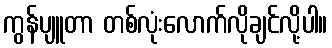
ကွန်ပျူတာ တစ်လုံးလောက်လိုချင်လို့ပါ။